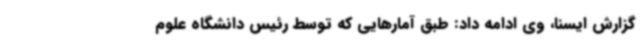
گزارش ایسنا، وی ادامه داد: طبق آمارهایی که توسط رئیس دانشگاه علوم